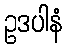
ဥဒပါနံ